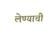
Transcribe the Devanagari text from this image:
लेण्याची